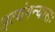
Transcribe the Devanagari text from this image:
इत्यंगन्यासः